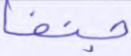
جنفا